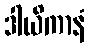
ဒါယိကာနံ